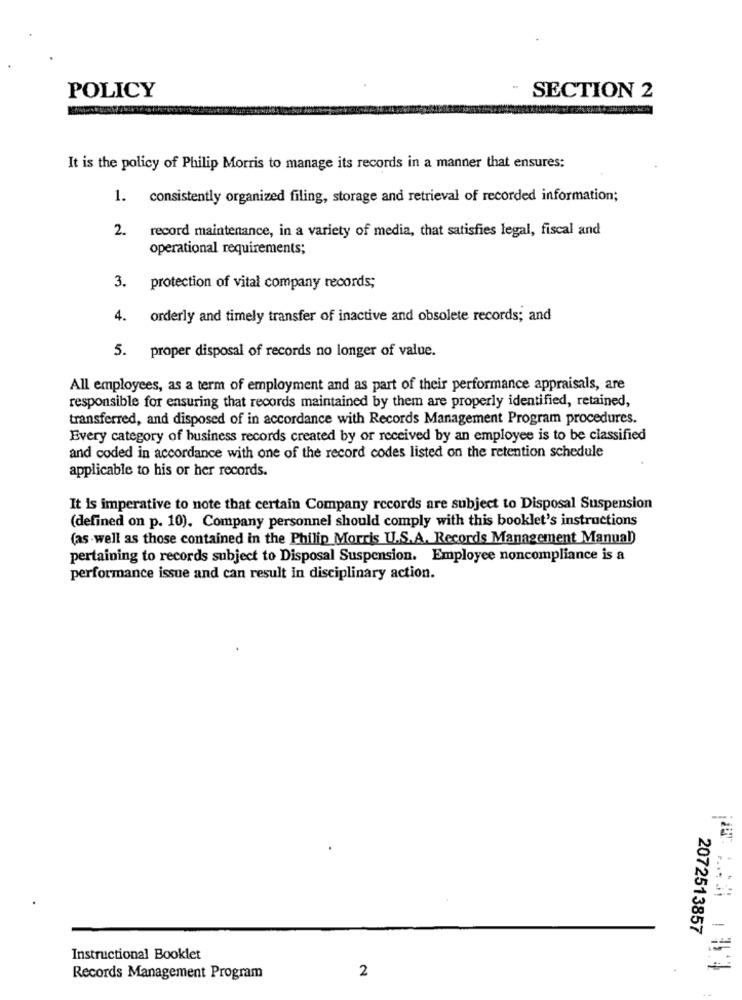
POLICY
SECTION 2
It is the policy of Philip Morris to manage its records in a manner that ensures:
1. consistently organized filing, storage and retrieval of recorded information;
2.
record maintenance, in a variety of media, that satisfies legal, fiscal and
operational requirements;
3.
protection of vital company records;
. orderly and timely transfer of inactive and obsolete records; and
5. proper disposal of records no longer of value.
All employees, as a term of employment and as part of their performance appraisals, are
responsible for ensuring that records maintained by them are properly identified, retained,
transferred, and disposed of in accordance with Records Management Program procedures.
Every category of business records created by or received by an employee is to be classified
and coded in accordance with one of the record codes listed on the retention schedule
applicable to his or her records.
It is imperative to note that certain Company records are subject to Disposal Suspension
(defined on p. 10). Company personnel should comply with this booklet's instructions
(as well as those contained in the Philip Morris U.S.A. Records Management Manual)
pertaining to records subject to Disposal Suspension. Employee noncompliance is a
performance issue and can result in disciplinary action.
2072513857
-
Instructional Booklet
2
Records Management Program